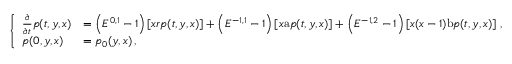
\left\{ \begin{array} { l l } { \frac { \partial } { \partial t } p ( t , y , x ) } & { = \left( E ^ { 0 , 1 } - 1 \right) \left[ x r p ( t , y , x ) \right] + \left( E ^ { - 1 , 1 } - 1 \right) \left[ x \mathrm { a } p ( t , y , x ) \right] + \left( E ^ { - 1 , 2 } - 1 \right) \left[ x ( x - 1 ) \mathrm { b } p ( t , y , x ) \right] \, , } \\ { p ( 0 , y , x ) } & { = p _ { 0 } ( y , x ) \, , } \end{array} \right.